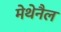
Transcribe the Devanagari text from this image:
मेथेनैल